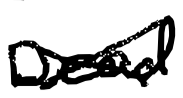
Text: Dead.
Cross-out: cross
Writing tool: digital_black